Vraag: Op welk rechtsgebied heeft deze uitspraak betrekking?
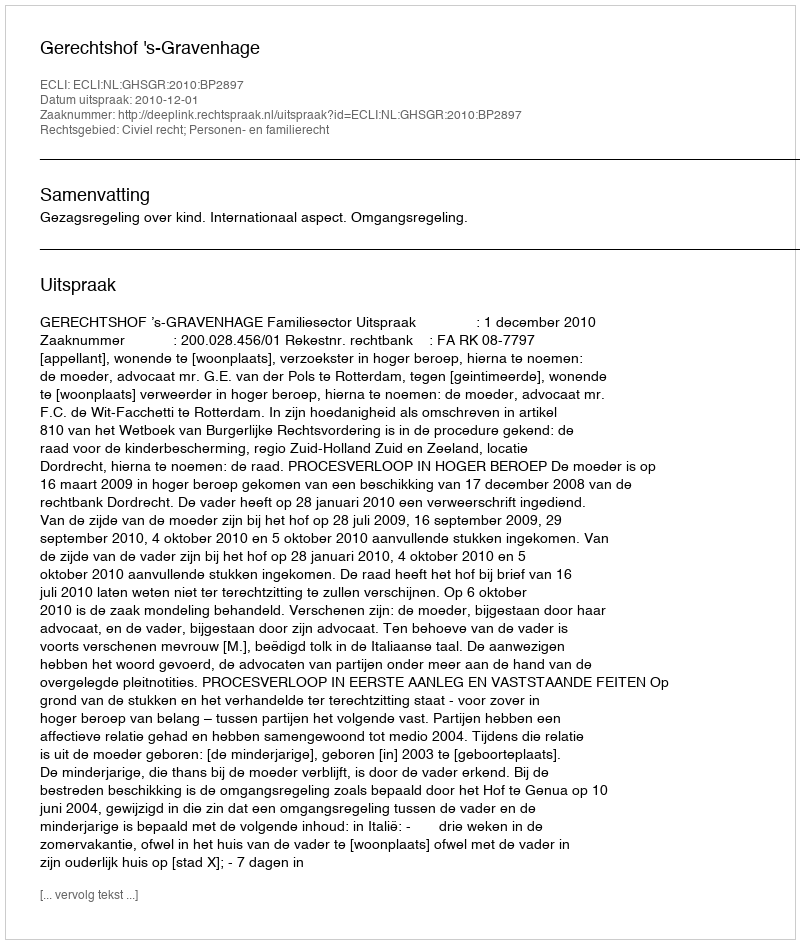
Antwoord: Civiel recht; Personen- en familierecht